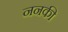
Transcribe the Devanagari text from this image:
ननकी